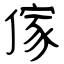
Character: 傢